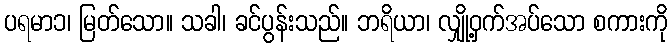
ပရမာ၁၊ မြတ်သော။ သခါ၊ ခင်ပွန်းသည်။ ဘရိယာ၊ လျှို့ဝှက်အပ်သော စကားကို